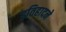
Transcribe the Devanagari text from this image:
इतिहादने